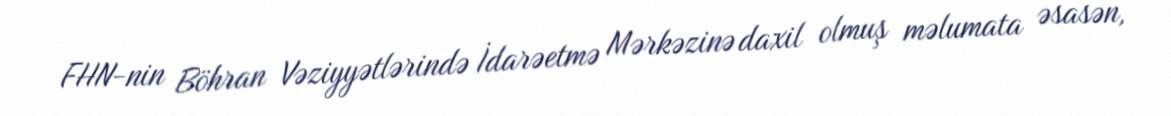
FHN-nin Böhran Vəziyyətlərində İdarəetmə Mərkəzinə daxil olmuş məlumata əsasən,